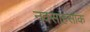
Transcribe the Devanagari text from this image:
नवसाहसांक